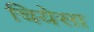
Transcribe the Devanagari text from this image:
चियेसा